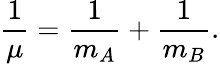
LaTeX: {\frac{1}{\mu}}={\frac{1}{m_{A}}}+{\frac{1}{m_{B}}}.